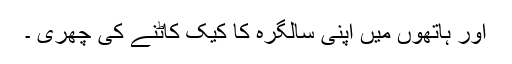
اور ہاتھوں میں اپنی سالگرہ کا کیک کاٹنے کی چھری ۔